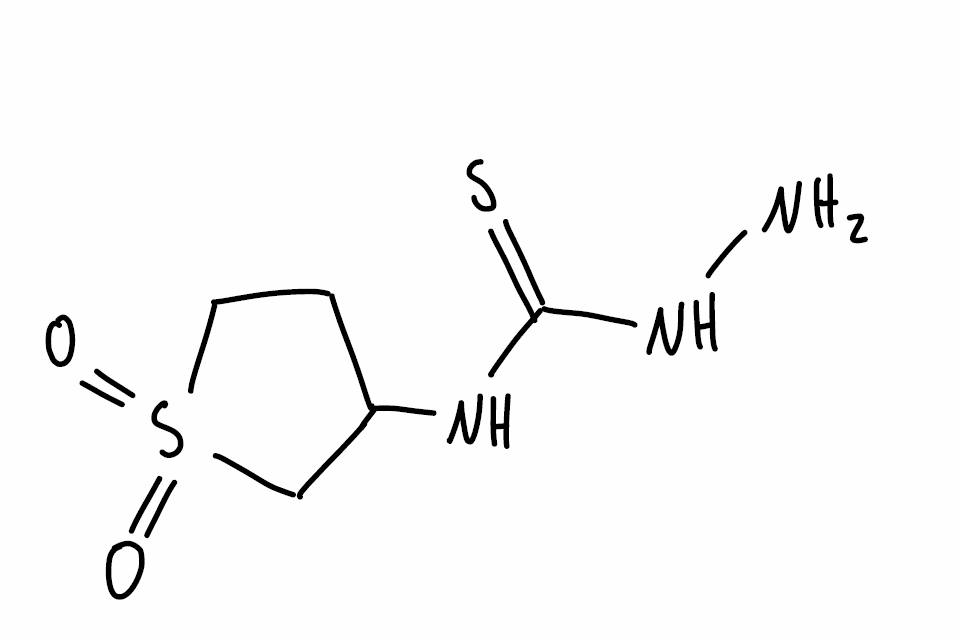
Simplified molecular-input line-entry system (SMILES) notation of the given molecule:
C1CS(=O)(=O)CC1NC(=S)NN